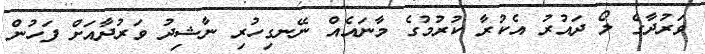
ވަރުދާގެ ލޯ ދައުރު އެކުރާ ކުރުމުގެ މާނައެއް ނޭނގިހުރި ނާޝިދު ވަރުދާއަށް ފަހުން